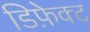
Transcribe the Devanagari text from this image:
डिफ़ेक्ट